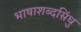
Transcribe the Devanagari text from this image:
भाषाशब्दसिंधु